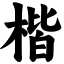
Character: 楷